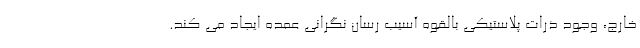
خارج، وجود ذرات پلاستیکی بالقوه آسیب رسان نگرانی عمده ایجاد می کند.